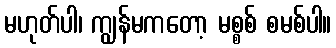
မဟုတ်ပါ၊ ကျွန်မကတော့ မစ္စစ် စမစ်ပါ။